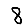
Digit: 8